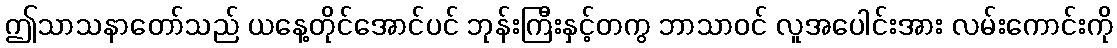
ဤသာသနာတော်သည် ယနေ့တိုင်အောင်ပင် ဘုန်းကြီးနှင့်တကွ ဘာသာဝင် လူအပေါင်းအား လမ်းကောင်းကို